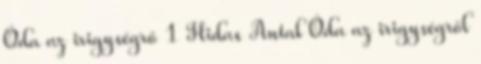
Óda az irigységrő 1 Hidas Antal Óda az irigységről